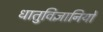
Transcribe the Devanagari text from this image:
धातुविज्ञानियों